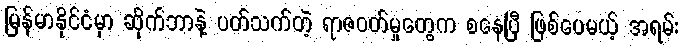
မြန်မာနိုင်ငံမှာ ဆိုက်ဘာနဲ့ ပတ်သက်တဲ့ ရာဇဝတ်မှုတွေက စနေပြီ ဖြစ်ပေမယ့် အရမ်း